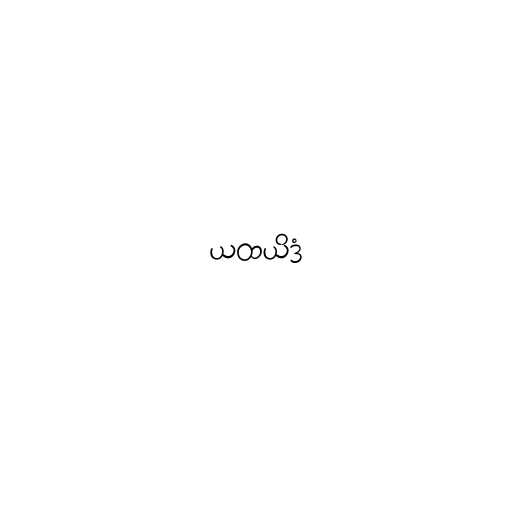
ယထယိဒံ